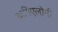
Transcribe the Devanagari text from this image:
यागिएलोनी